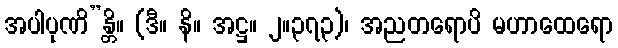
အပါပုဏိ”န္တိ။ (ဒီ။ နိ။ အဋ္ဌ။ ၂။၃၇၃)၊ အညတရောပိ မဟာထေရော